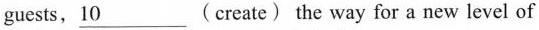
guests, \underline{10} (create) the way for a new level of